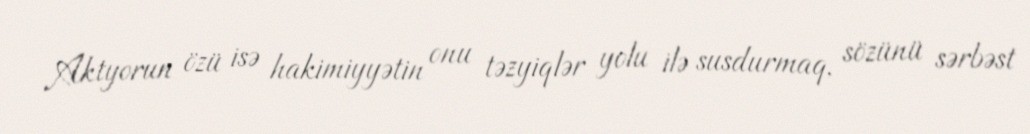
Aktyorun özü isə hakimiyyətin onu təzyiqlər yolu ilə susdurmaq, sözünü sərbəst